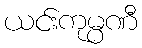
ယင်းကုမ္ပဏီ